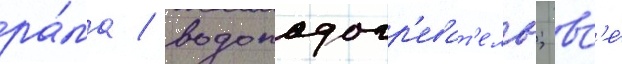
ра́ма / водоподогр'еват'ель; вс'е́